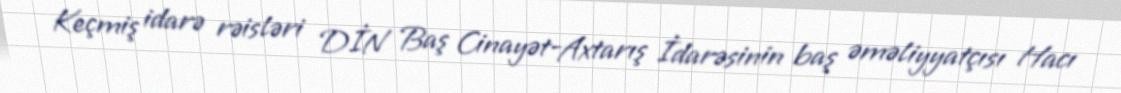
Keçmiş idarə rəisləri DİN Baş Cinayət-Axtarış İdarəsinin baş əməliyyatçısı Hacı